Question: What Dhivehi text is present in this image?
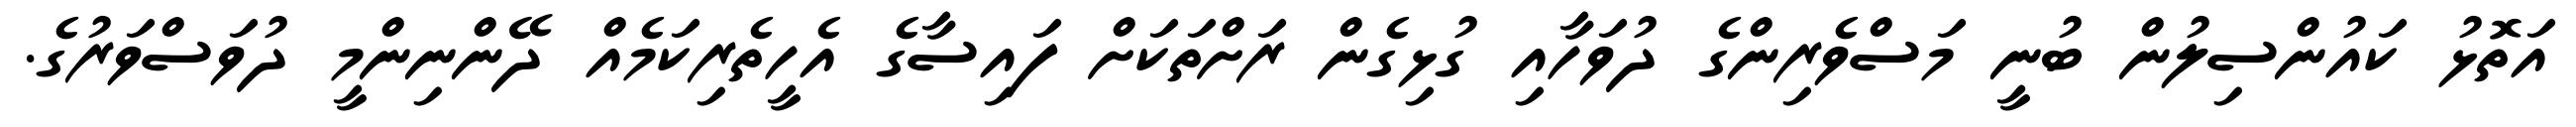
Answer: އަތޮޅު ކައުންސިލުން ބުނީ މަސްވެރިންގެ ދުވަހާއި ގުޅިގެން ރަށްތަކަށް ފައިސާގެ އެހީތެރިކަމެއް ދޭންނިންމީ ދުވަސްވަރުގެ.